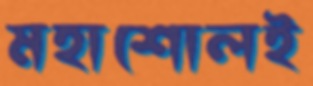
মহাশোলই